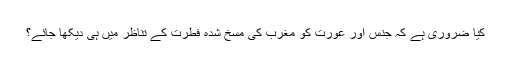
کیا ضروری ہے کہ جنس اور عورت کو مغرب کی مسخ شدہ فطرت کے تناظر میں ہی دیکھا جائے؟